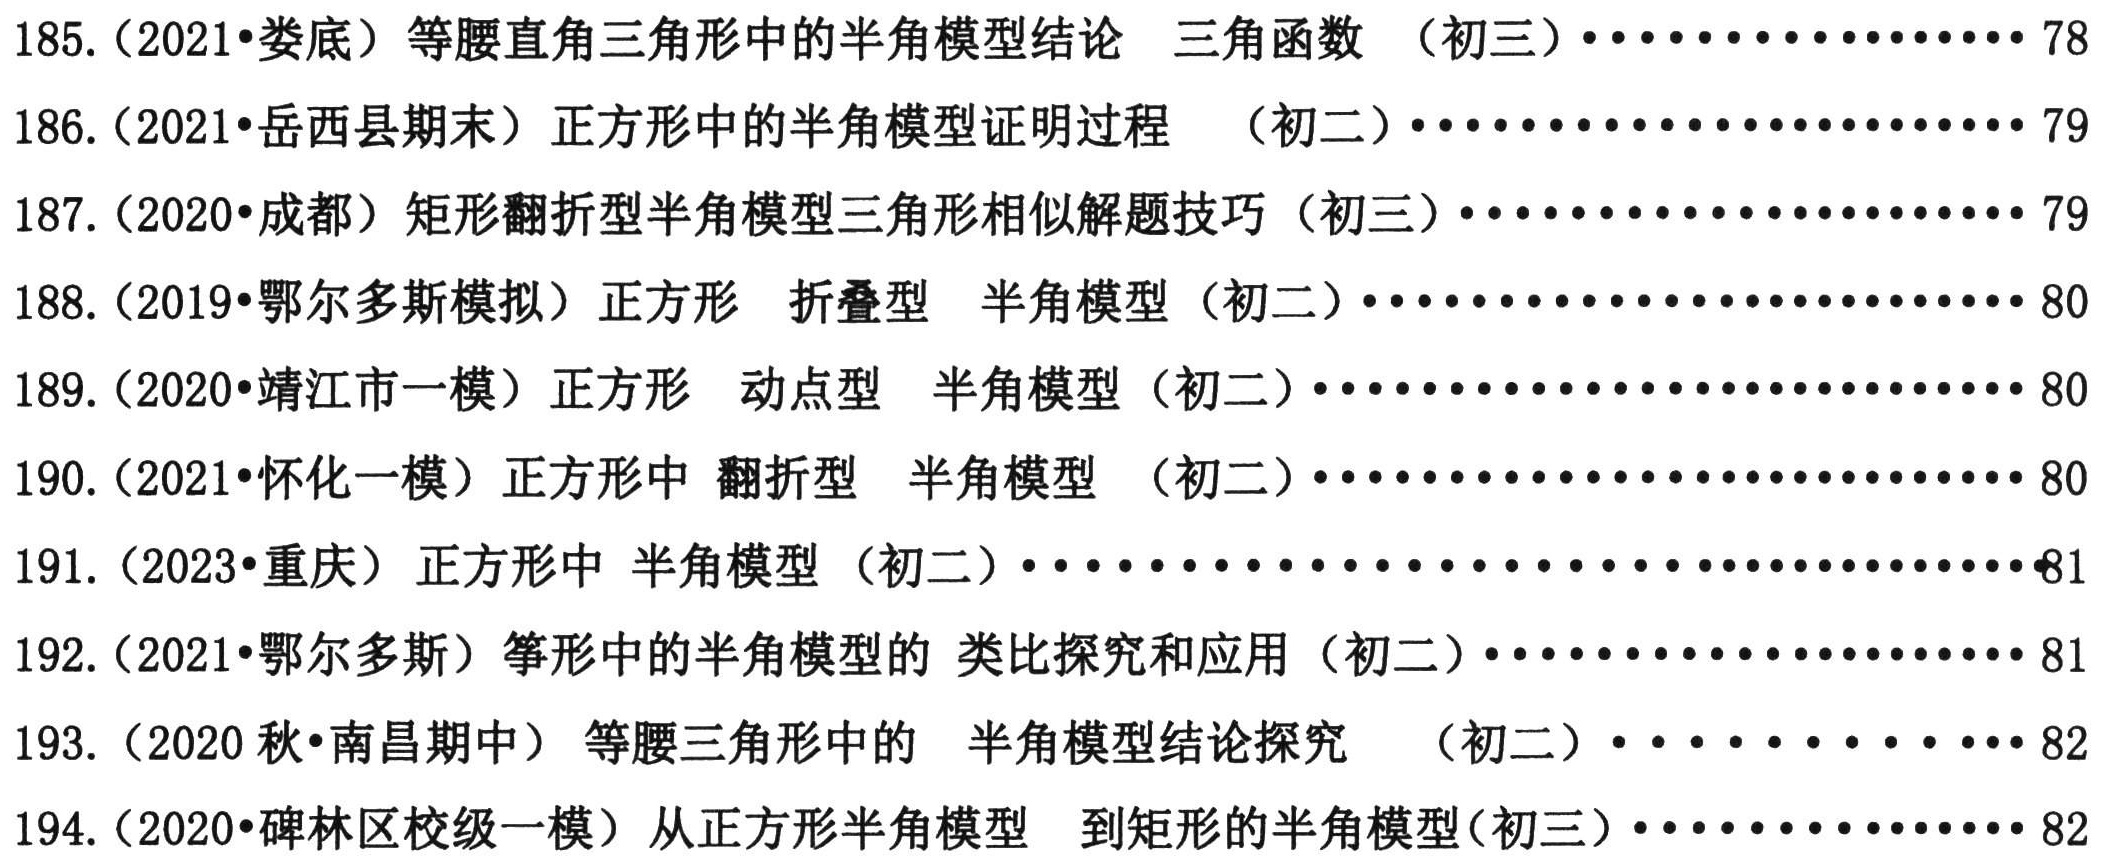
185. (2021•娄底) 等腰直角三角形中的半角模型结论 三角函数 （初三）·················· 78

186. (2021•岳西县期末) 正方形中的半角模型证明过程 （初二）·················· 79

187. (2020•成都) 矩形翻折型半角模型三角形相似解题技巧 （初三）·················· 79

188. (2019•鄂尔多斯模拟) 正方形 折叠型 半角模型 （初二）·················· 80

189. (2020•靖江市一模) 正方形 动点型 半角模型 （初二）·················· 80

190. (2021•怀化一模) 正方形中 翻折型 半角模型 （初二）·················· 80

191. (2023•重庆) 正方形中 半角模型 （初二）·················· 81

192. (2021•鄂尔多斯) 筝形中的半角模型的 类比探究和应用 （初二）·················· 81

193. (2020秋•南昌期中) 等腰三角形中的 半角模型结论探究 （初二）············ 82

194. (2020•碑林区校级一模) 从正方形半角模型 到矩形的半角模型(初三)················ 82